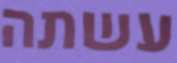
עשתה